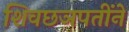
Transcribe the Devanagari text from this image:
शिवछञपतींने